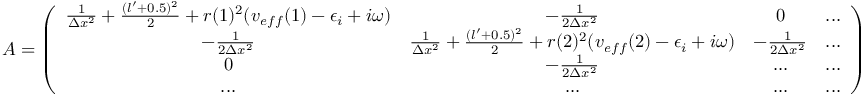
A = \left( \begin{array} { c c c c } { \frac { 1 } { \Delta x ^ { 2 } } + \frac { ( l ^ { \prime } + 0 . 5 ) ^ { 2 } } { 2 } + r ( 1 ) ^ { 2 } ( v _ { e f f } ( 1 ) - \epsilon _ { i } + i \omega ) } & { - \frac { 1 } { 2 \Delta x ^ { 2 } } } & { 0 } & { . . . } \\ { - \frac { 1 } { 2 \Delta x ^ { 2 } } } & { \frac { 1 } { \Delta x ^ { 2 } } + \frac { ( l ^ { \prime } + 0 . 5 ) ^ { 2 } } { 2 } + r ( 2 ) ^ { 2 } ( v _ { e f f } ( 2 ) - \epsilon _ { i } + i \omega ) } & { - \frac { 1 } { 2 \Delta x ^ { 2 } } } & { . . . } \\ { 0 } & { - \frac { 1 } { 2 \Delta x ^ { 2 } } } & { . . . } & { . . . } \\ { . . . } & { . . . } & { . . . } & { . . . } \end{array} \right)